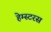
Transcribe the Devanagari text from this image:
हेम्स्टरस